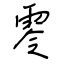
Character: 零